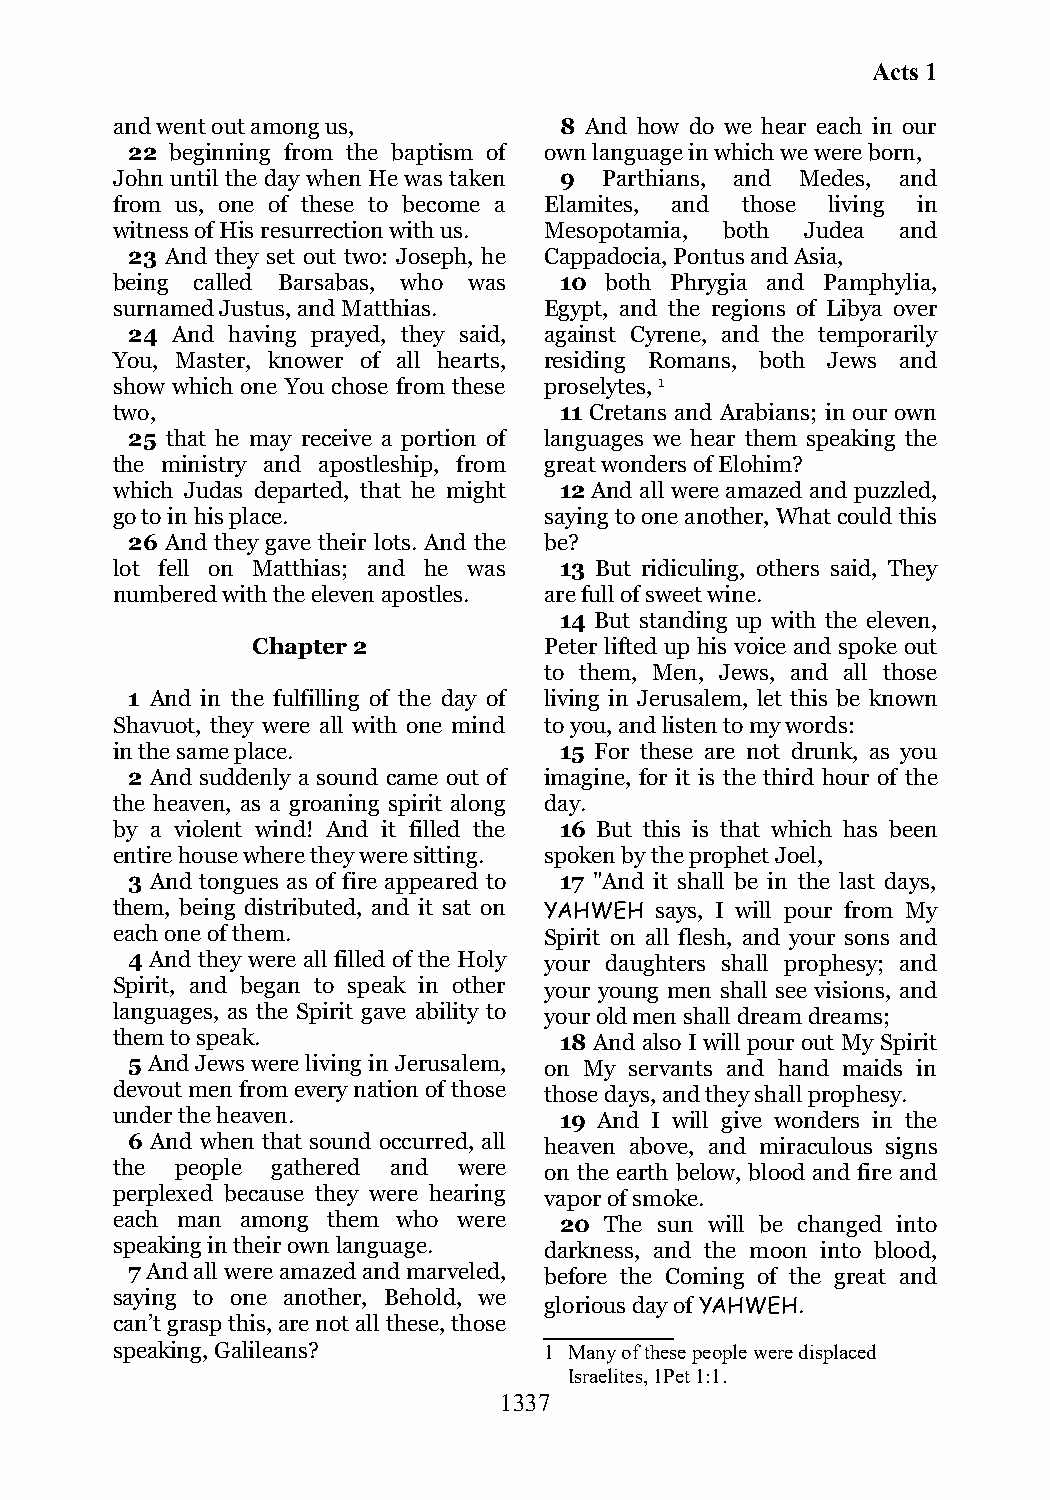
Acts 1
 and went out among us,        8 And how do we hear each in our
 22 beginning from the baptism of own language in which we were born,
 John until the day when He was taken 9 Parthians, and Medes, and
 from us, one of these to become a Elamites, and those living in
 witness of His resurrection with us. Mesopotamia, both Judea and
 23 And they set out two: Joseph, he Cappadocia, Pontus and Asia,
 being called Barsabas, who was 10 both Phrygia and Pamphylia,
 surnamed Justus, and Matthias. Egypt, and the regions of Libya over
 24 And having prayed, they said, against Cyrene, and the temporarily
 You, Master, knower of all hearts, residing Romans, both Jews and
 show which one You chose from these proselytes, 1
 two,                          11 Cretans and Arabians; in our own
 25 that he may receive a portion of languages we hear them speaking the
 the ministry and apostleship, from great wonders of Elohim?
 which Judas departed, that he might 12 And all were amazed and puzzled,
 go to in his place.          saying to one another, What could this
 26 And they gave their lots. And the be?
 lot fell on Matthias; and he was 13 But ridiculing, others said, They
 numbered with the eleven apostles. are full of sweet wine.
 14 But standing up with the eleven,
 Chapter 2          Peter lifted up his voice and spoke out
 to them, Men, Jews, and all those
 1 And in the fulfilling of the day of living in Jerusalem, let this be known
 Shavuot, they were all with one mind to you, and listen to my words:
 in the same place.            15 For these are not drunk, as you
 2 And suddenly a sound came out of imagine, for it is the third hour of the
 the heaven, as a groaning spirit along day.
 by a violent wind! And it filled the 16 But this is that which has been
 entire house where they were sitting. spoken by the prophet Joel,
 3 And tongues as of fire appeared to 17 "And it shall be in the last days,
 them, being distributed, and it sat on YAHWEH says, I will pour from My
 each one of them.            Spirit on all flesh, and your sons and
 4 And they were all filled of the Holy your daughters shall prophesy; and
 Spirit, and began to speak in other your young men shall see visions, and
 languages, as the Spirit gave ability to your old men shall dream dreams;
 them to speak.                18 And also I will pour out My Spirit
 5 And Jews were living in Jerusalem, on My servants and hand maids in
 devout men from every nation of those those days, and they shall prophesy.
 under the heaven.             19 And I will give wonders in the
 6 And when that sound occurred, all heaven above, and miraculous signs
 the  people gathered and were on the earth below, blood and fire and
 perplexed because they were hearing vapor of smoke.
 each man among them who were  20 The sun will be changed into
 speaking in their own language. darkness, and the moon into blood,
 7 And all were amazed and marveled, before the Coming of the great and
 saying to one another, Behold, we
 glorious day of YAHWEH.
 can’t grasp this, are not all these, those
 speaking, Galileans?         1 Many of these people were displaced
 Israelites, 1Pet 1:1.
 1337